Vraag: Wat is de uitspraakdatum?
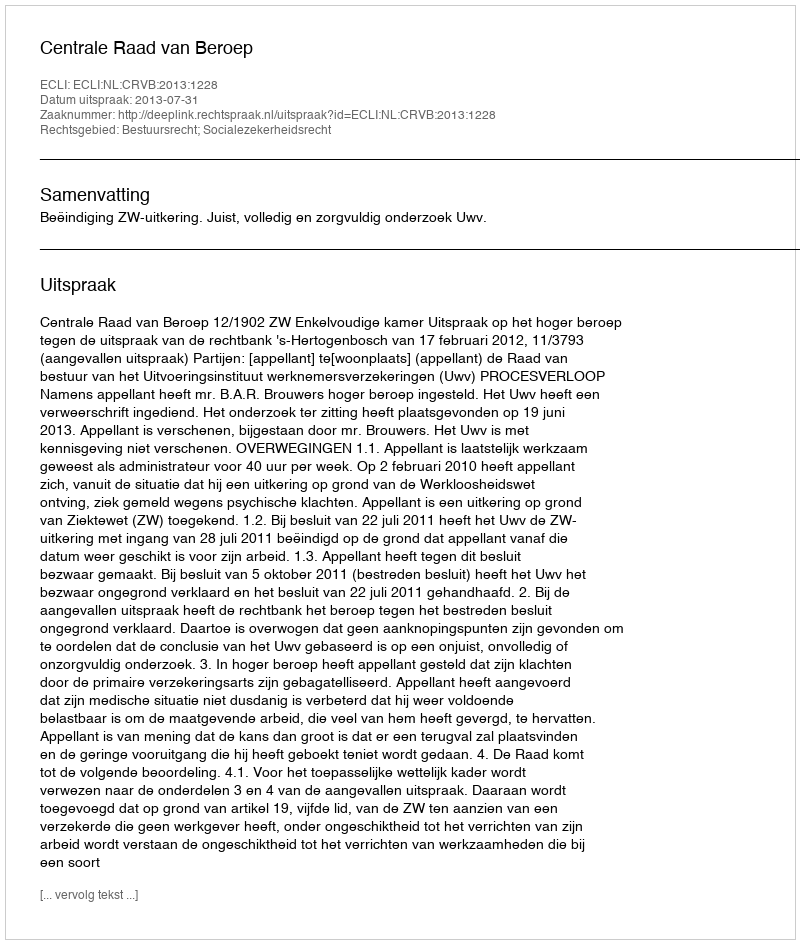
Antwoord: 2013-07-31